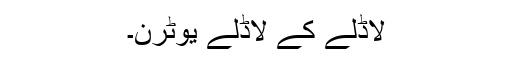
لاڈلے کے لاڈلے یوٹرن۔